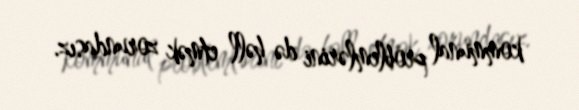
kommunal problemlərini də həll etmək zorundasız.